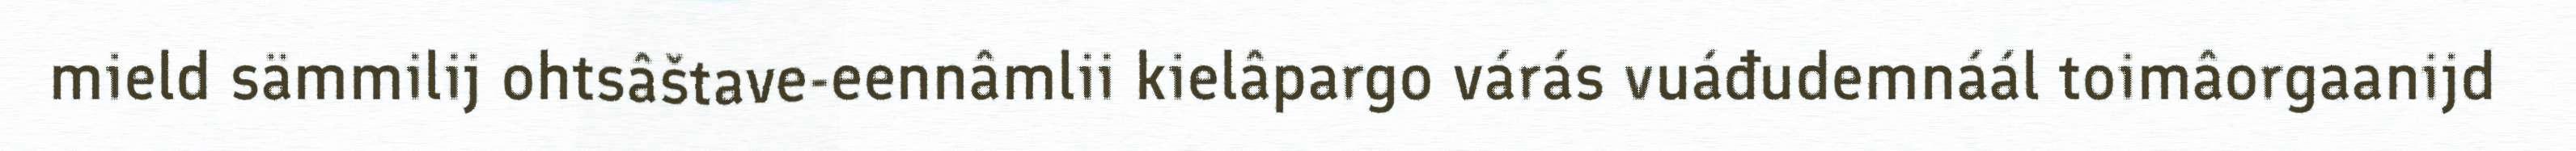
mield sämmilij ohtsâštave-eennâmlii kielâpargo várás vuáđudemnáál toimâorgaanijd